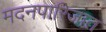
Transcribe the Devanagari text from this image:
मदनपारिजात